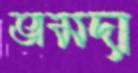
ভামদা